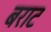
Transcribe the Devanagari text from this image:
बराट